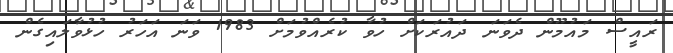
ރައީސް މައުމޫން ދެވަނަ ދައުރަކަށް ހުވާ ކުރެެއްވުމަށް 1983 ވަނަ އަހަރު ހުޅުވާލައިގެން